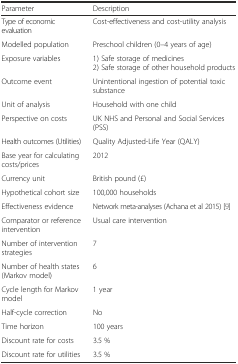
<table><thead><tr><td><b>Parameter</b></td><td><b>Description</b></td></tr></thead><tbody><tr><td>Type of economic evaluation</td><td>Cost-effectiveness and cost-utility analysis</td></tr><tr><td>Modelled population</td><td>Preschool children (0–4 years of age)</td></tr><tr><td>Exposure variables</td><td>1) Safe storage of medicines2) Safe storage of other household products</td></tr><tr><td>Outcome event</td><td>Unintentional ingestion of potential toxic substance</td></tr><tr><td>Unit of analysis</td><td>Household with one child</td></tr><tr><td>Perspective on costs</td><td>UK NHS and Personal and Social Services (PSS)</td></tr><tr><td>Health outcomes (Utilities)</td><td>Quality Adjusted-Life Year (QALY)</td></tr><tr><td>Base year for calculating costs/prices</td><td>2012</td></tr><tr><td>Currency unit</td><td>British pound (£)</td></tr><tr><td>Hypothetical cohort size</td><td>100,000 households</td></tr><tr><td>Effectiveness evidence</td><td>Network meta-analyses (Achana et al 2015) [9]</td></tr><tr><td>Comparator or reference intervention</td><td>Usual care intervention</td></tr><tr><td>Number of intervention strategies</td><td>7</td></tr><tr><td>Number of health states (Markov model)</td><td>6</td></tr><tr><td>Cycle length for Markov model</td><td>1 year</td></tr><tr><td>Half-cycle correction</td><td>No</td></tr><tr><td>Time horizon</td><td>100 years</td></tr><tr><td>Discount rate for costs</td><td>3.5 %</td></tr><tr><td>Discount rate for utilities</td><td>3.5 %</td></tr></tbody></table>